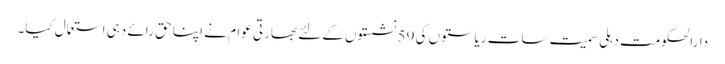
دارالحکومت دہلی سمیت سات ریاستوں کی 59 نشستوں کے لئے بھارتی عوام نے اپنا حق رائے دہی استعمال کیا۔